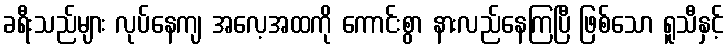
ခရီးသည်များ လုပ်နေကျ အလေ့အထကို ကောင်းစွာ နားလည်နေကြပြီ ဖြစ်သော ရူသီနှင့်